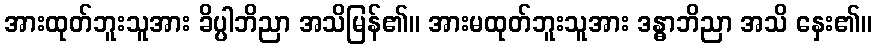
အားထုတ်ဘူးသူအား ခိပ္ပါဘိညာ အသိမြန်၏။ အားမထုတ်ဘူးသူအား ဒန္ဓာဘိညာ အသိ နှေး၏။